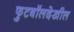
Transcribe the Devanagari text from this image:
फुटबॉलदेखील